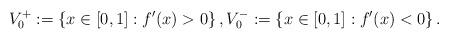
LaTeX: \begin{align*}V_{0}^{+}:=\left\{x\in[0,1]:f'(x)>0\right\},V_{0}^{-}:=\left\{x\in[0,1]:f'(x)<0\right\}.\end{align*}